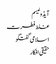
آیڈولیسم
غلط فطرت
اسلامی گفتگو
حقیقی افکار